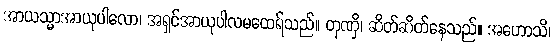
အာယသ္မာအာယုပါလော၊ အရှင်အာယုပါလမထေရ်သည်။ တုဏှိ၊ ဆိတ်ဆိတ်နေသည်။ အဟောသိ၊